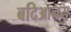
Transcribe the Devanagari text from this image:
बदिआनस